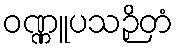
ဝဏ္ဏူပသဉှိတံ